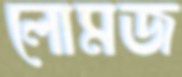
লোমজ